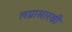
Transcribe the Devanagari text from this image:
लग्नासारखी